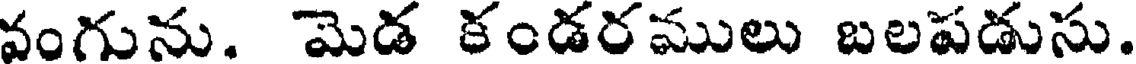
వంగును. మెడ కండరములు బలపడుసు.